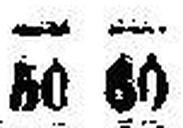
50 60